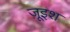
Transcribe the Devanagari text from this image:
ज़ूइश